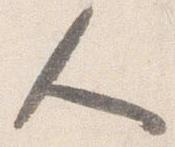
人